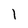
Character: I